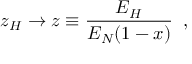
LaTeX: z _ { H } \rightarrow z \equiv \frac { E _ { H } } { E _ { N } ( 1 - x ) } \; \; ,